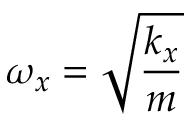
\omega _ { x } = \sqrt { \frac { k _ { x } } { m } }